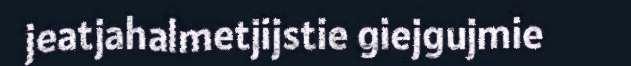
jeatjahalmetjijstie giejgujmie